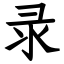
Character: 录